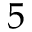
5